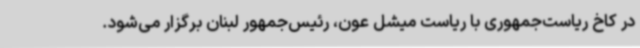
در کاخ ریاست‌جمهوری با ریاست میشل عون، رئیس‌جمهور لبنان برگزار می‌شود.